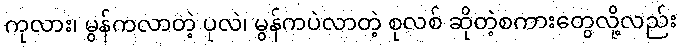
ကုလား၊ မွန်ကလာတဲ့ ပုလဲ၊ မွန်ကပဲလာတဲ့ စုလစ် ဆိုတဲ့စကားတွေလို့လည်း